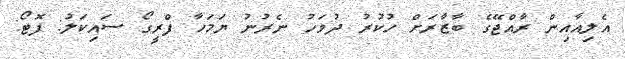
އެލިއާއިން ރާއްޖޭގެ ބާޒާރަށް ހުކުރު ދުވަހު ނެރުނު ޔަމަހާ ފްރީގޯ ސައިކަލު: ފޮޓޯ: